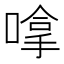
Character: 嗱